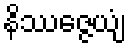
နိဿဇ္ဇေယျံ